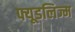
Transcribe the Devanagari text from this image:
फ्यूडलिज्म